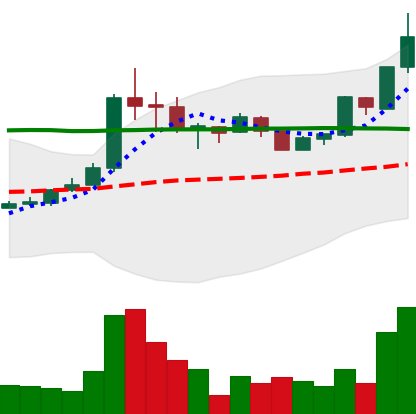
Ticker: BTC-USD
Chart end date: 2015-06-30
Forward return: 3.361%
Label: up_3_5